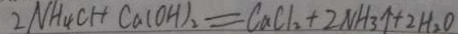
2 N H _ { 4 } C H C a ( O H ) _ { 2 } = C a C l _ { 2 } + 2 N H _ { 3 } \uparrow + 2 H _ { 2 } O